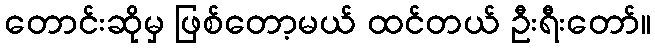
တောင်းဆိုမှ ဖြစ်တော့မယ် ထင်တယ် ဦးရီးတော်။